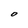
Character: O